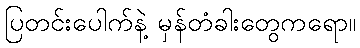
ပြတင်းပေါက်နဲ့ မှန်တံခါးတွေကရော။